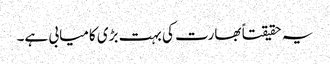
یہ حقیقتاً بھارت کی بہت بڑی کامیابی ہے۔